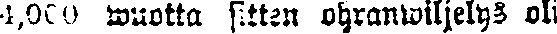
4,000 wuotta sitten ohranwiljelys oli